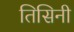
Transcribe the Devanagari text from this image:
तिसिनी